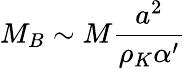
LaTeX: M_{B}\sim M\frac{a^{2}}{\rho_{K}\alpha^{\prime}}